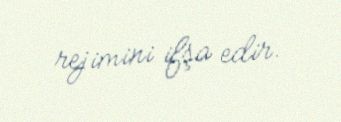
rejimini ifşa edir.